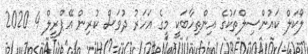
ލޯކަލް ކަައުންސިލްތަކުގެ އިންތިހާބަކީ މީގެ އަހަރު ދުވަސް ކުރިން އޭޕްރީލް 4 2020